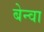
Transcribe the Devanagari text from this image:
बेन्वा